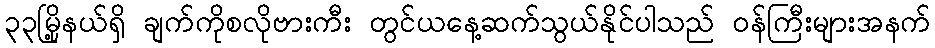
၃၃မြို့နယ်ရှိ ချက်ကိုစလိုဗားကီး တွင်ယနေ့ဆက်သွယ်နိုင်ပါသည် ဝန်ကြီးများအနက်